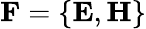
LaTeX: \mathbf{F}=\lbrace\mathbf{E},\mathbf{H}\rbrace